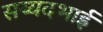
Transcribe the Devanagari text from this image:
सय्यदभाई